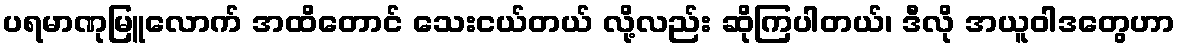
ပရမာဏုမြူလောက် အထိတောင် သေးငယ်တယ် လို့လည်း ဆိုကြပါတယ်၊ ဒီလို အယူဝါဒတွေဟာ